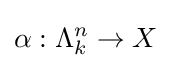
\alpha :\Lambda _{k}^{n}\to X